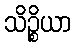
သိဉ္စိယာ